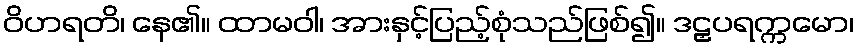
ဝိဟရတိ၊ နေ၏။ ထာမဝါ၊ အားနှင့်ပြည့်စုံသည်ဖြစ်၍။ ဒဠှပရက္ကမော၊